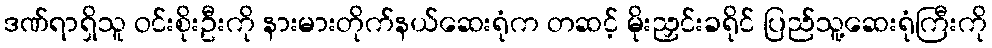
ဒဏ်ရာရှိသူ ဝင်းစိုးဦးကို နားမားတိုက်နယ်ဆေးရုံက တဆင့် မိုးညှင်းခရိုင် ပြည်သူ့ဆေးရုံကြီးကို